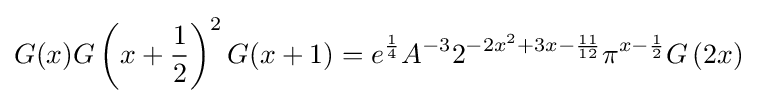
G(x)G\left(x+{\frac {1}{2}}\right)^{2}G(x+1)=e^{\frac {1}{4}}A^{-3}2^{-2x^{2}+3x-{\frac {11}{12}}}\pi ^{x-{\frac {1}{2}}}G\left(2x\right)